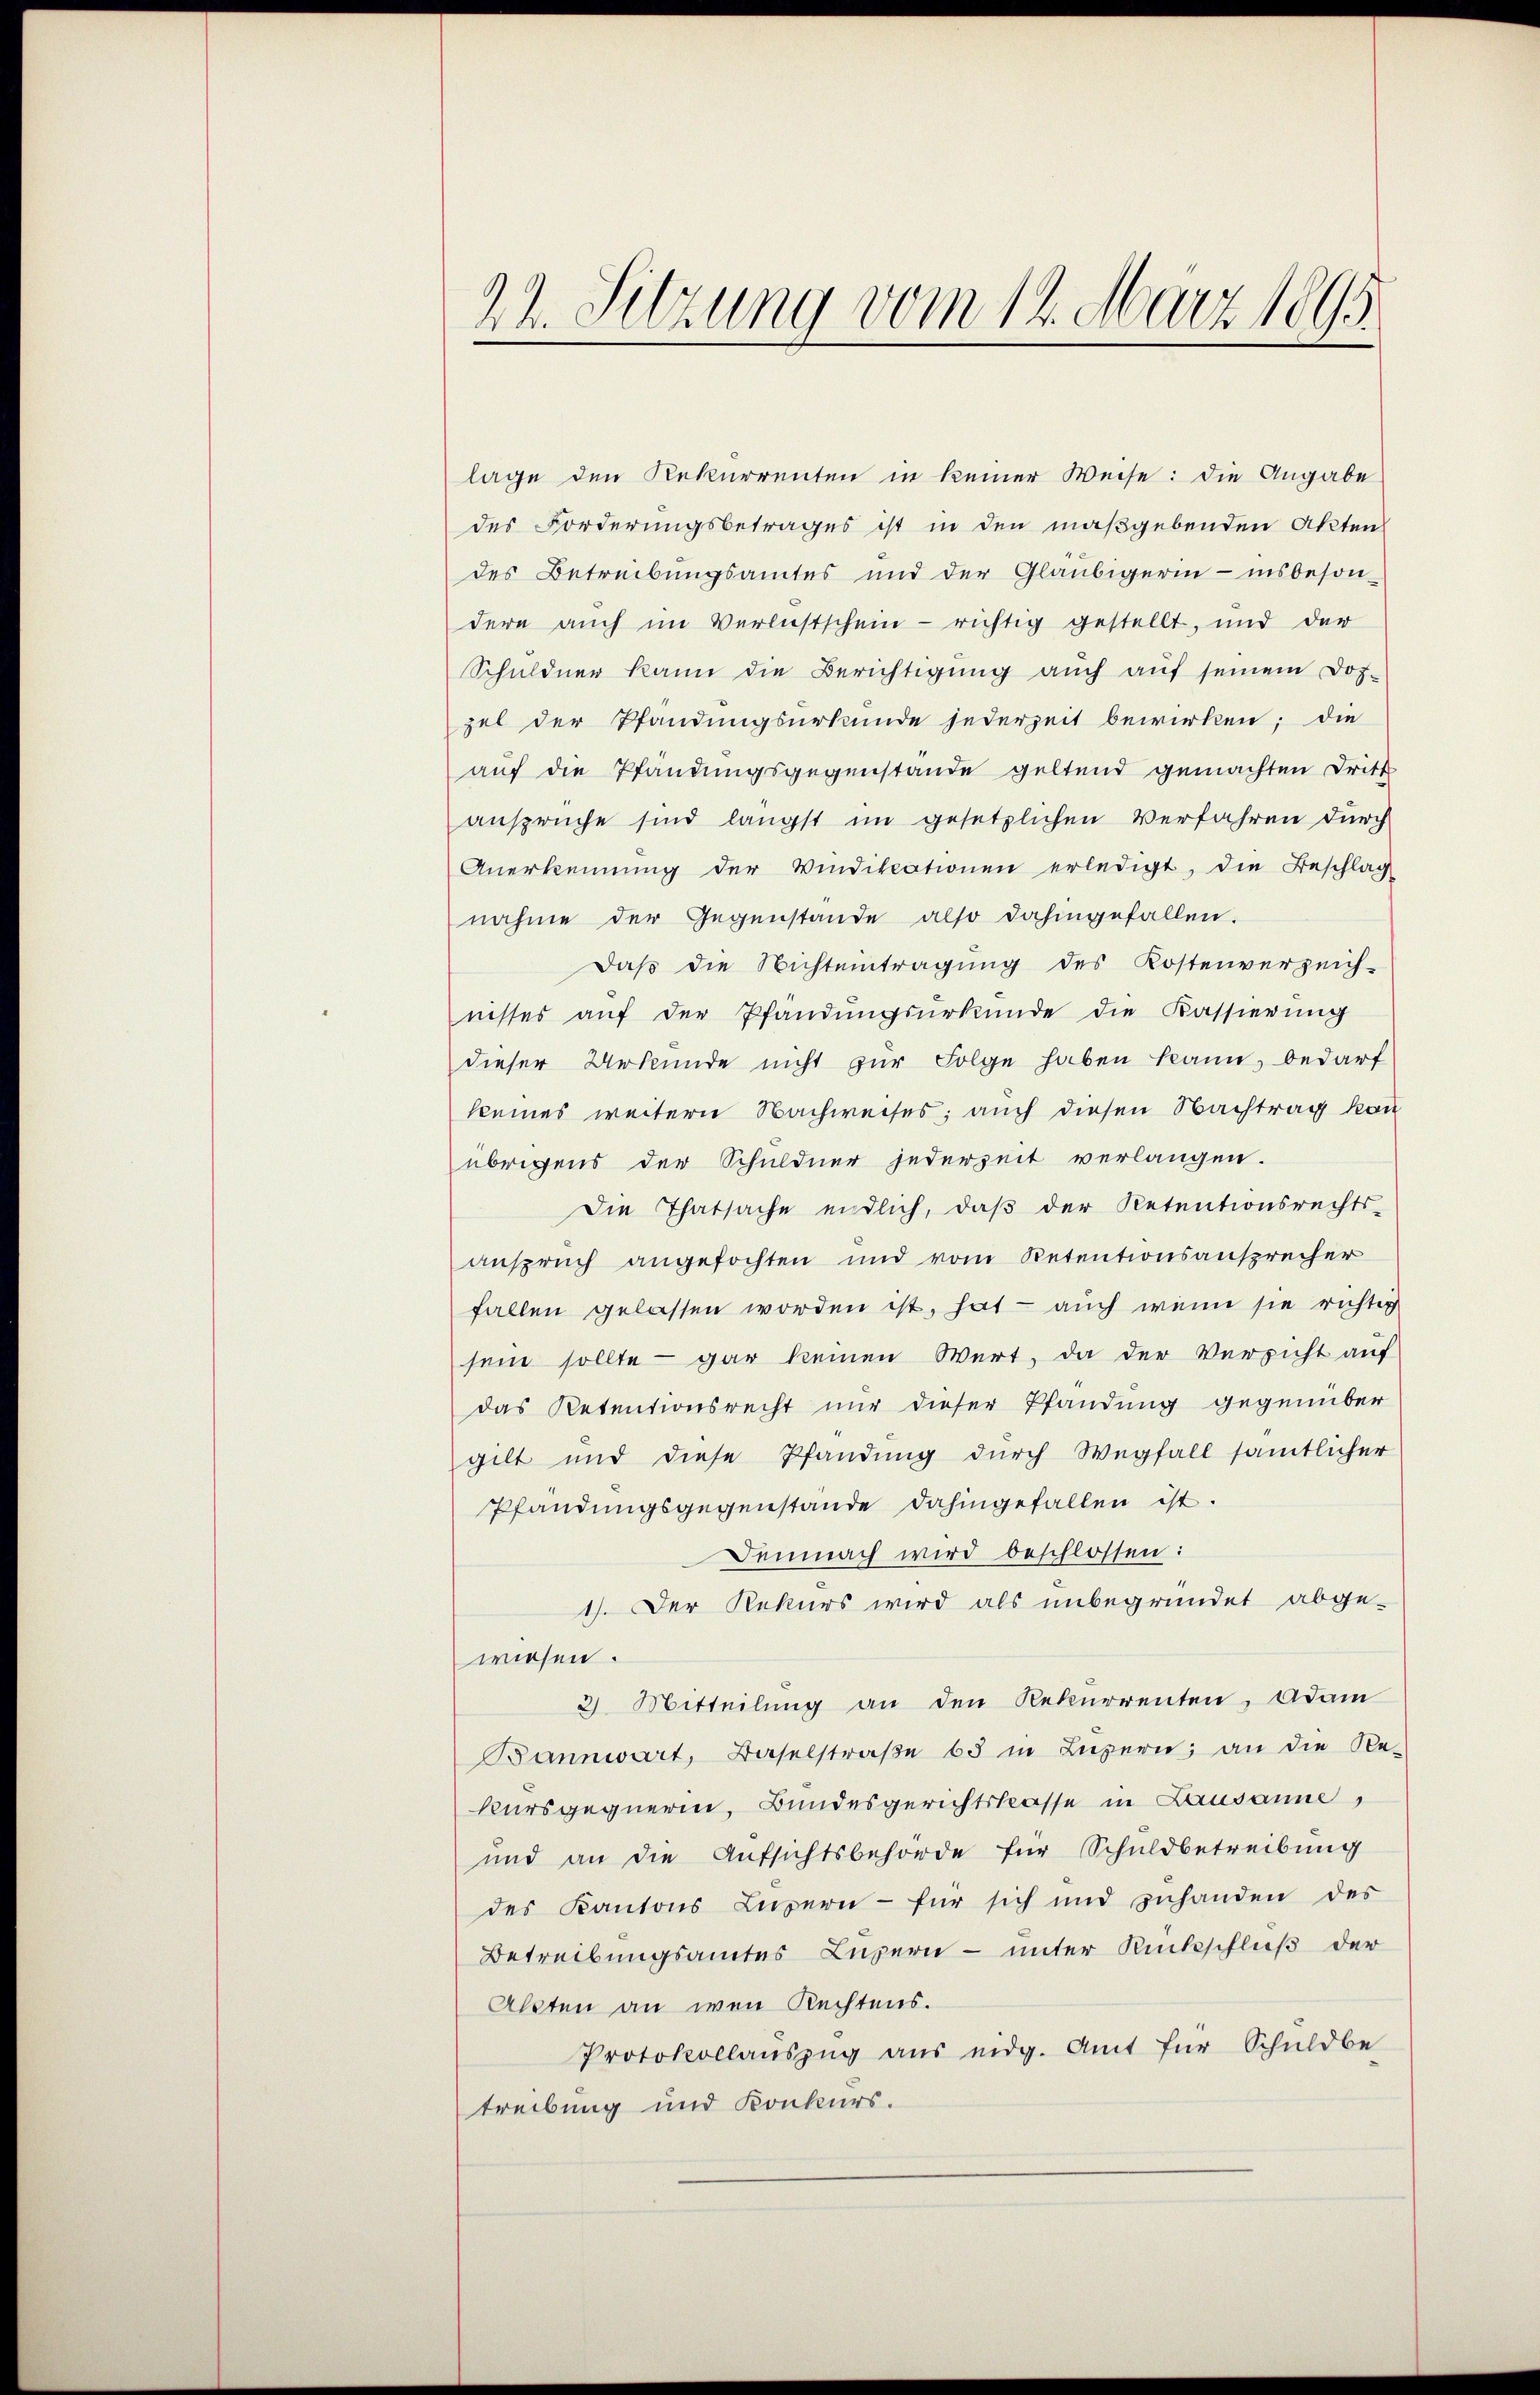
22. Sitzung vom 14. März 1895.

lage den Rekurrenten in keiner Weise: die Angabe
des Forderungsbetrages ist in den maßgebenden Akten
des Betreibungsamtes und der Gläubigerin - insbeson-
dere auch im Verlustschein - richtig gestellt, und der
Schuldner kann die Berichtigung auch auf seinem Doz-
zel der Pfandungsurkunde jederzeit bewirken; die
aŭf die Pfändungsgegenstande geltend gemachten Dritt
ansprüche sind längst im gesetzlichen Verfahren durch
Anerkennung der Vindikationen erledigt, die Beschlag
nahme der Gegenstande also dahingefallen.
Daß die Nichteintragung des Kostenverzeich-
nisses aŭf der Pfändungsurkunde die Kassierung
dieser Urkunde nicht zur Folge haben kann, bedarf
keines weitern Nachweises; auch diesen Nachtrag kan
übrigens der Schuldner jederzeit verlangen.
Die Thatsache endlich, daß der Retentionsrechts-
anspruch angefochten und vom Retentionsansprecher
fallen gelassen worden ist, hat - auch wenn sie richtig
sein sollte - gar keinen Wert, da der Versicht auf
das Retentionsrecht nur dieser Pfandung gegenüber
gilt und diese Pfandung durch Wegfall sämtlicher
Pfandŭngsgegenstande dahingefallen ist.
Demnach wird beschlossen:
1). Der Rekurs wird als unbegründet abge-
wiesen.
3) Mitteilung an den Rekurrenten. Adam
Bannwart, Baselstraße 65 in Luzern; an die Re-
kursgegnerin, Bundesgerichtskasse in Lausanne,
und an die Aufsichtsbehörde für Schuldbetreibung
des Kantons Luzern - für sich und zuhanden des
Betreibungsamtes Luzern – unter Rückschluß der
Alpten an wen Rechtens.
Protokollauszug aus eidg. Amt für Schuldbe
treibung und Konkurs.